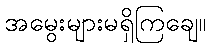
အမွေးများမရှိကြချေ။